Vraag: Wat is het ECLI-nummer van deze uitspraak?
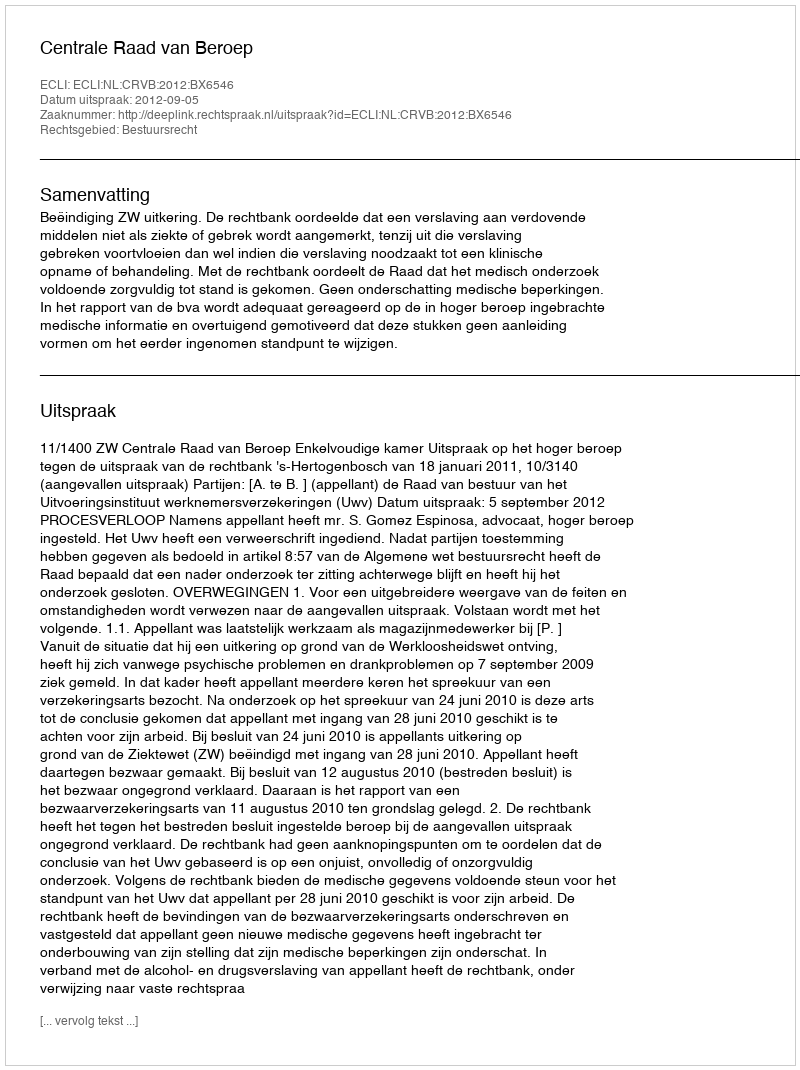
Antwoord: ECLI:NL:CRVB:2012:BX6546